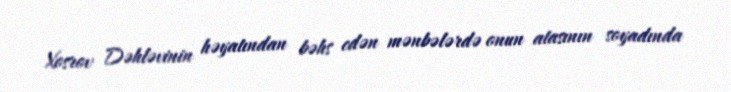
Xosrov Dəhləvinin həyatından bəhs edən mənbələrdə onun atasının soyadında